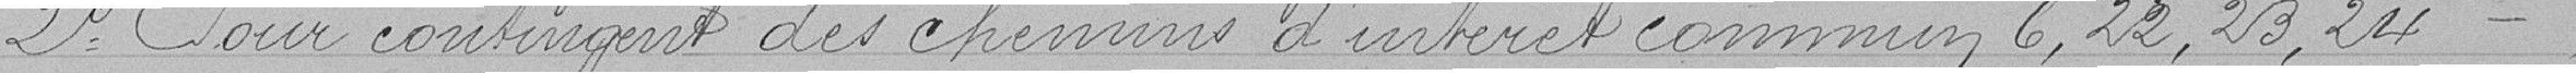
2° Pour contingent des chemins d'intérêt commun 6, 22, 23, 24